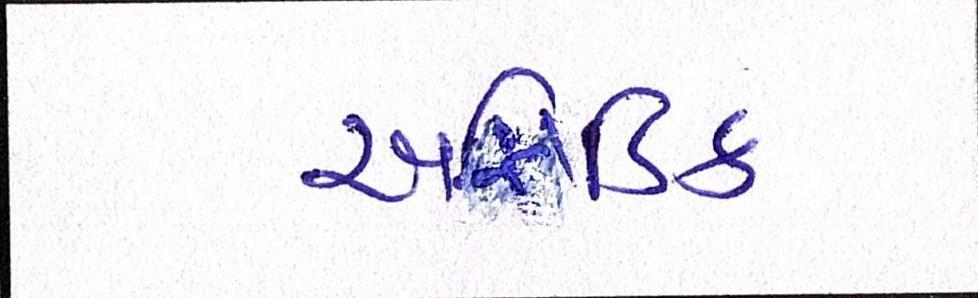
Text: એસિડિક